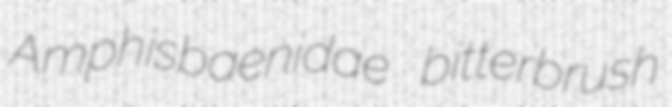
Amphisbaenidae bitterbrush